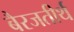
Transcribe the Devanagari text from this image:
बैरजतीर्थ